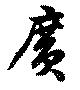
廣